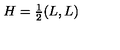
H = { \textstyle { \frac { 1 } { 2 } } } ( L , L )